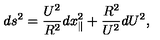
d s ^ { 2 } = \frac { U ^ { 2 } } { R ^ { 2 } } d x _ { \parallel } ^ { 2 } + \frac { R ^ { 2 } } { U ^ { 2 } } d U ^ { 2 } ,